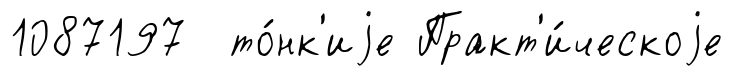
1087197 то́нк'иjе Практ'и́ческоjе